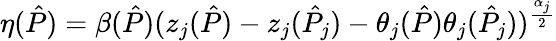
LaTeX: \eta(\hat{P})=\beta(\hat{P})(z_{j}(\hat{P})-z_{j}(\hat{P}_{j})-\theta_{j}(\hat{P})\theta_{j}(\hat{P}_{j}))^{\frac{\alpha_{j}}{2}}